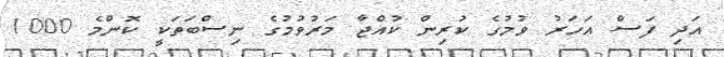
އަދި ފަސް އަަހަރު ވުމުގެ ކުރިން ކުއްޖާ މަރުވުމުގެ ނިސްބަތަކީ ކޮންމެ 1000